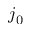
j _ { 0 }